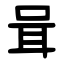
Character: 咠